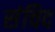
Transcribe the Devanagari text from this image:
संचिद